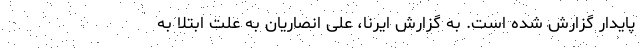
پایدار گزارش شده است. به گزارش ایرنا، علی انصاریان به علت ابتلا به